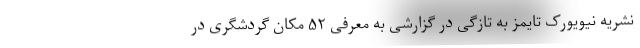
نشریه نیویورک تایمز به تازگی در گزارشی به معرفی ۵۲ مکان گردشگری در